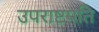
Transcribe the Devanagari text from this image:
उपराष्टपति